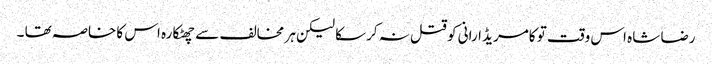
رضا شاہ اس وقت تو کامریڈ ارانی کو قتل نہ کرسکا لیکن ہر مخالف سے چھٹکارہ اس کا خاصہ تھا ۔